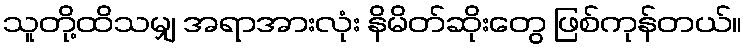
သူတို့ထိသမျှ အရာအားလုံး နိမိတ်ဆိုးတွေ ဖြစ်ကုန်တယ်။